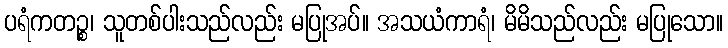
ပရံကတဉ္စ၊ သူတစ်ပါးသည်လည်း မပြုအပ်။ အသယံကာရံ၊ မိမိသည်လည်း မပြုသော။